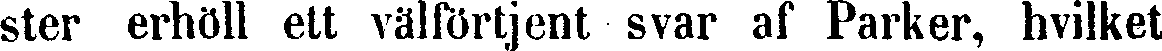
ster erhöll ett välförtjent svar af Parker, hvilket